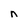
Character: n